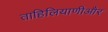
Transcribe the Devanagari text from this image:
ताहिलियाणीऔर